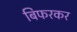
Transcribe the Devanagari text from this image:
बिफरकर